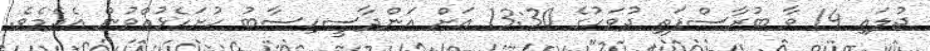
ޖުލައި 14 ވާ ބުރާސްފަތި ދުވަހުގެ 13:30 އަށް އަންދާސީހިސާބު ހުށަހެޅުއްވުން އެދެމެވެ.